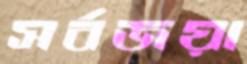
সর্বজয়া